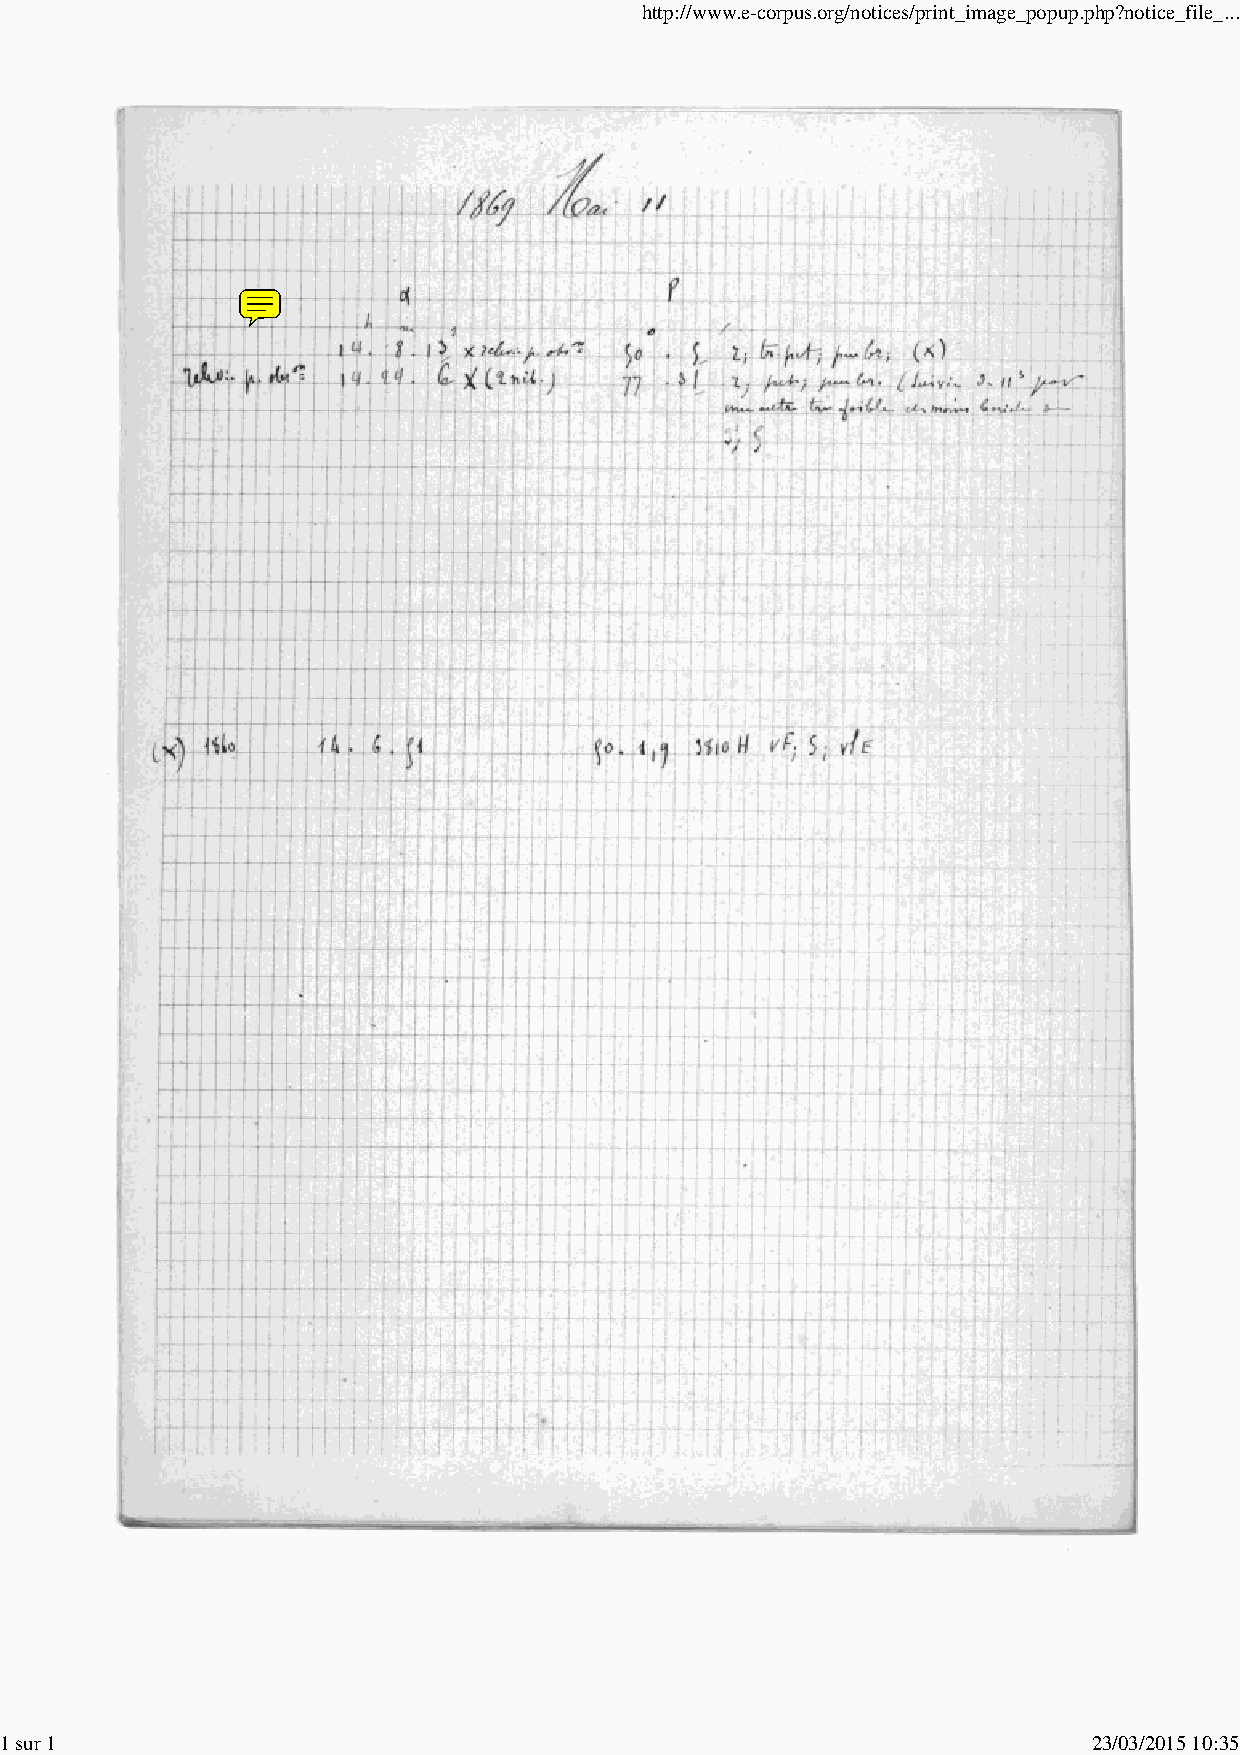
http://www.e-corpus.org/notices/print_image_popup.php?notice_file_...
 1 sur 1                                                                 23/03/2015 10:35